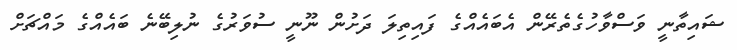
ޝައިތާނީ ވަސްވާހުގެތެރޭން އެބައެއްގެ ފައިތިލަ ދަށުން ނޫނީ ސުވަރުގެ ނުލިބޭނެ ބައެއްގެ މައްޗަށް